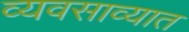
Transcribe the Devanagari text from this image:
व्यवसाव्यात